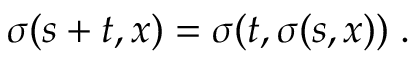
\sigma ( s + t , x ) = \sigma ( t , \sigma ( s , x ) ) \; .